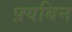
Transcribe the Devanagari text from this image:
फ़्यबिन